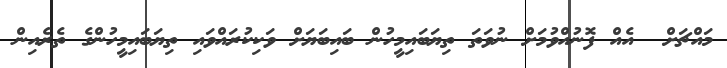
މައްޗަށް  އެއް ފޮނުއްވުމަށް ނުވަތަ ތިޔަބައިމީހުން ބައިބަޔަށް ވަކިކުރައްވައި ތިޔަބައިމީހުންގެ ތެރެއިން